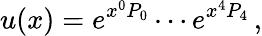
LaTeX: u(x)=e^{x^{0}P_{0}}\cdots e^{x^{4}P_{4}}\, ,